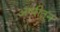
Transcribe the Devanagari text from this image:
अग्नीतुन